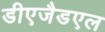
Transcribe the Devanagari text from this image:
डीएजैडएल